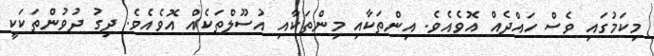
މިކަމުގައި ވެސް ހައްދެއް އޮވެއެވެ. އިންތަކާއި މިންތަކާއި އުސޫލްތަކެއް އޮވެއެވެ. ދިގު ދުވުންތަކަކީ